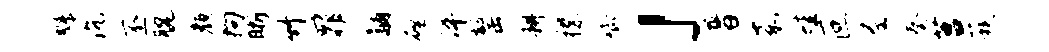
魁沉丕腕颜拘晰竹罪黼磴淬罄耕襟唧」晋嘉蛙叵尼奏莒蔟